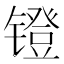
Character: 镫